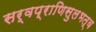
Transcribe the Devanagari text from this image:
सर्वप्राणिसुलभत्व